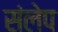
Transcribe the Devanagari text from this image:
संलेप